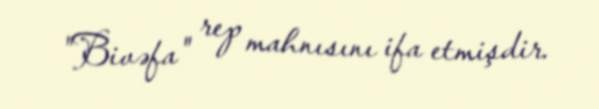
"Bivəfa" rep mahnısını ifa etmişdir.